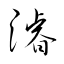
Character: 濬